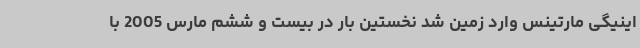
اینیگی مارتینس وارد زمین شد نخستین بار در بیست و ششم مارس 2005 با